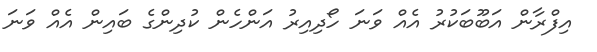
އިފްރާން އަބޫބަކުރު އެއް ވަނަ ހޯދިއިރު އަންހެން ކުދިންގެ ބައިން އެއް ވަނަ